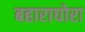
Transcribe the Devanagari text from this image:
बहाराघोरा